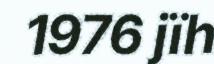
1976 jïh